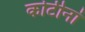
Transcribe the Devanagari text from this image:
कोटीनां